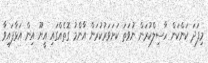
މިފަދަ ކަންކަން ހާސިލްކުރަން ނުވަތަ ކަށަވަރުކުރަން އާންމު ގޮތެއްގައި އީޔޫ އިން އަޅާފައިވާ